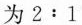
为2:1